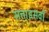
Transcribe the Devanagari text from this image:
सत्ताइसवाँ